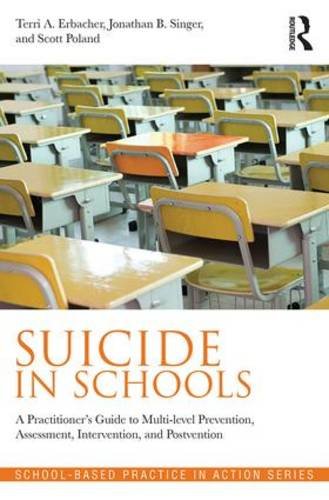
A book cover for Suicide in Schools: A Practitioner's Guide to Multi-level Prevention, Assessment, Intervention, and Postvention (School-Based Practice in Action); Terri A. Erbacher; Self-Help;